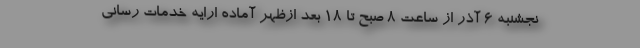
نجشنبه ۶ آذر از ساعت ۸ صبح تا ۱۸ بعد ازظهر آماده ارایه خدمات رسانی